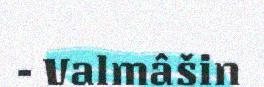
- Valmâšin